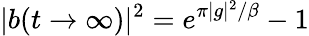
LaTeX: |b(t\rightarrow\infty)|^{2}=e^{\pi|g|^{2}/\beta}-1